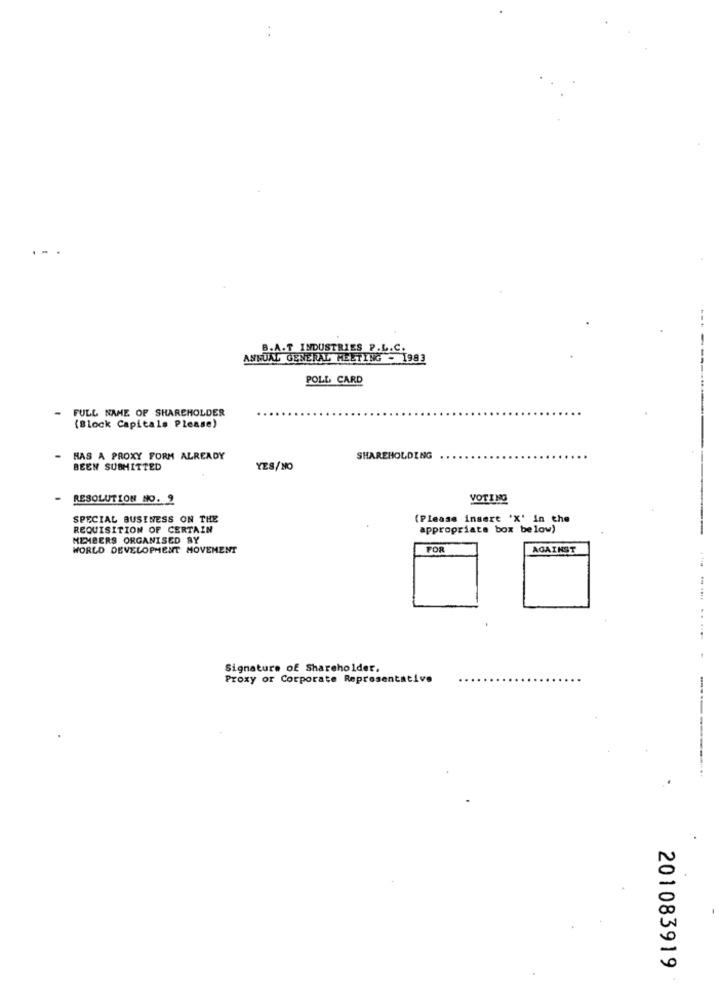
B.A.T INDUSTRIES P.L.C.
ANNUAL GENERAL MEETING - 1983
POLL CARD
FULL NAME OF SHAREHOLDER
(Block Capitals Please)
HAS A PROXY FORM ALREADY
SHAREHOLDING
BEEN SUBMITTED
YES/NO
RESOLUTION NO. 9
VOTING
SPECIAL BUSINESS ON THE
(Please insert 'X' in the
REQUISITION OF CERTAIN
appropriate box below)
MEMBERS ORGANISED BY
WORLD DEVELOPMENT MOVEMENT
FOR
AGAINST
Signature of Shareholder.
Proxy or Corporate Representative
0
0
201083919